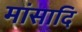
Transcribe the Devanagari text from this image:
मांसादि